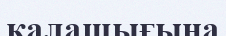
қалашығына